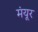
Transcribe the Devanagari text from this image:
मंयूर